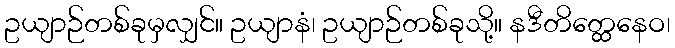
ဥယျာဉ်တစ်ခုမှလျှင်။ ဥယျာနံ၊ ဥယျာဉ်တစ်ခုသို့။ နဒီတိတ္ထေနေဝ၊